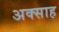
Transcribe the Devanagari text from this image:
अक्साह